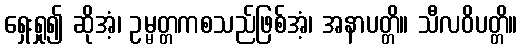
ရှေးရှု၍ ဆိုအံ့၊ ဥမ္မတ္တကစသည်ဖြစ်အံ့၊ အနာပတ္တိ။ သီလဝိပတ္တိ။